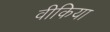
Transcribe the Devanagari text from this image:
वीकिया